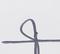
Signature authenticity: forged